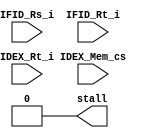
module HazardDetectionUnit
(
	input		[4:0]	IFID_Rs_i,
	input		[4:0]	IFID_Rt_i,
	input 		[4:0]	IDEX_Rt_i,
	input				IDEX_Mem_cs,
	output reg 			stall
);

	always @ (*) begin
		if(IDEX_Mem_cs && ((IDEX_Rt_i == IFID_Rs_i) || (IDEX_Rt_i == IFID_Rt_i))) begin
			stall = 1'b1;
			#(10)
			stall = 1'b0;
		end
		else
			stall = 1'b0;
	end
	
	//assign stall = (IDEX_Mem_cs && ((IDEX_Rt_i == IFID_Rs_i) || (IDEX_Rt_i == IFID_Rt_i))) ? 1'b1 : 1'b0;

endmodule